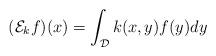
LaTeX: \begin{align*} (\mathcal{E}_kf)(x) = \int_{\mathcal{D}}k(x,y)f(y)dy \end{align*}